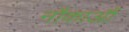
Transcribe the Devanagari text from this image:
नौकाआैं